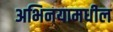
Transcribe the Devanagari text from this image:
अभिनयामधील